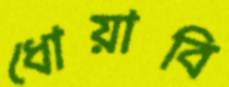
ধোয়াবি